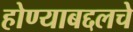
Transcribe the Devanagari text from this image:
होण्याबद्दलचे